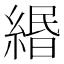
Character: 緡